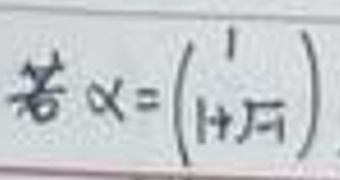
若 $\alpha = \begin{pmatrix} 1 \\ 1 + \sqrt{-1} \end{pmatrix}$